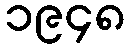
၁၉၄၈